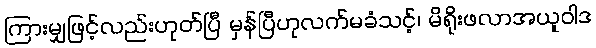
ကြားမျှဖြင့်လည်းဟုတ်ပြီ မှန်ပြီဟုလက်မခံသင့်၊ မိရိုးဖလာအယူဝါဒ